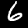
Label: 6